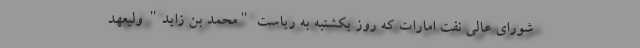
شورای عالی نفت امارات که روز یکشنبه به ریاست "محمد بن زاید" ولیعهد